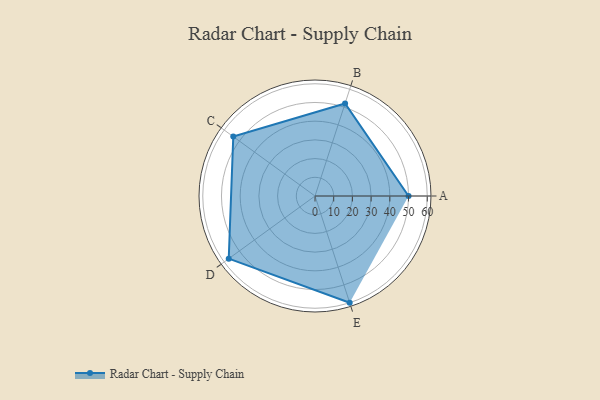
{"axis": {"x": "Skill", "y": "Score"}, "legend": ["Profile"], "data": [{"x": "A", "y": 50.0, "type": "Profile"}, {"x": "B", "y": 52.0, "type": "Profile"}, {"x": "C", "y": 54.0, "type": "Profile"}, {"x": "D", "y": 57.0, "type": "Profile"}, {"x": "E", "y": 60.0, "type": "Profile"}]}